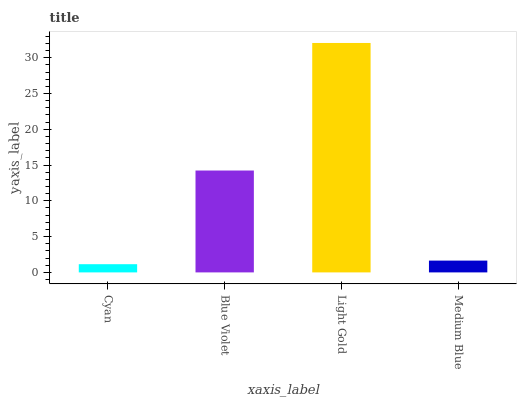
| xaxis_label | bars |
 | --- | --- |
 | Cyan | 1.15 |
 | Blue Violet | 14.2 |
 | Light Gold | 32.1 |
 | Medium Blue | 1.65 |